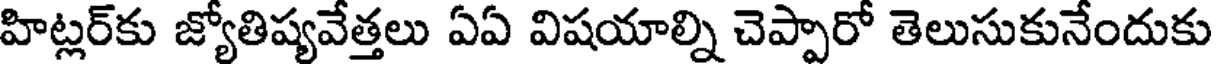
హిట్లర్కు జ్యోతిష్యవేత్తలు ఏఏ విషయాల్ని చెప్పారో తెలుసుకునేందుకు